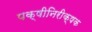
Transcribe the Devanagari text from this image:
पक्षीनिरीक्षक